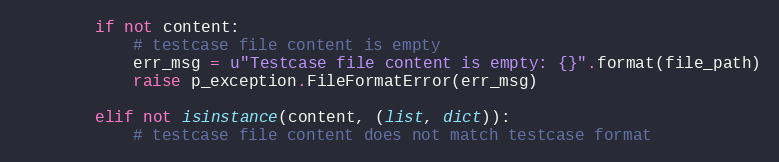
Language: Python
        if not content:
            # testcase file content is empty
            err_msg = u"Testcase file content is empty: {}".format(file_path)
            raise p_exception.FileFormatError(err_msg)

        elif not isinstance(content, (list, dict)):
            # testcase file content does not match testcase format